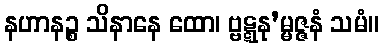
နဟာနဉ္စ သိနာနေ ထော၊ ဗ္ဗဋ္ဋနု’မ္မဇ္ဇနံ သမံ။